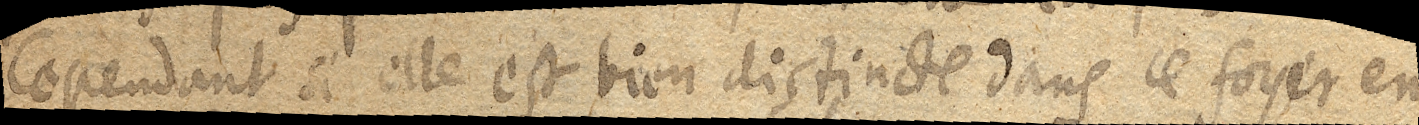
Cependant si elle est bien distincte dans ce foyer en